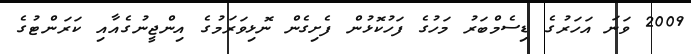
2009 ވަނަ އަހަރުގެ ޑިސެމްބަރު މަހުގެ ފަހުކޮޅުން ފެށިގެން ނޮޅިވަރަމުގެ އިންޖީނުގެއާއި ކަރަންޓުގެ